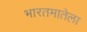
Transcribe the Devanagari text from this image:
भारतमातेला